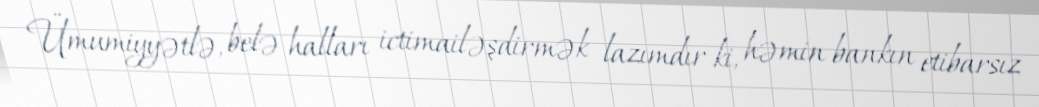
Ümumiyyətlə, belə halları ictimailəşdirmək lazımdır ki, həmin bankın etibarsız